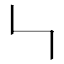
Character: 𠃑